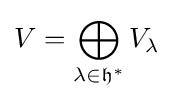
V=\bigoplus _{\lambda \in {\mathfrak {h}}^{*}}V_{\lambda }